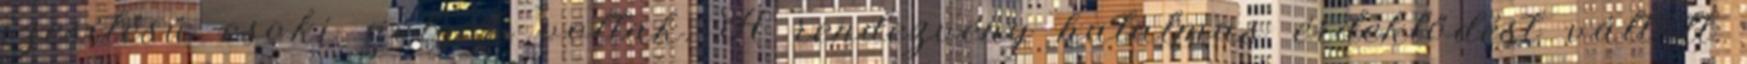
ízesítésű csoki golyók voltak. A rendezvény hatalmas érdeklődést váltott